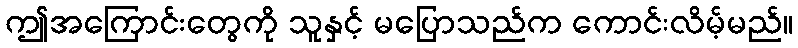
ဤအကြောင်းတွေကို သူနှင့် မပြောသည်က ကောင်းလိမ့်မည်။